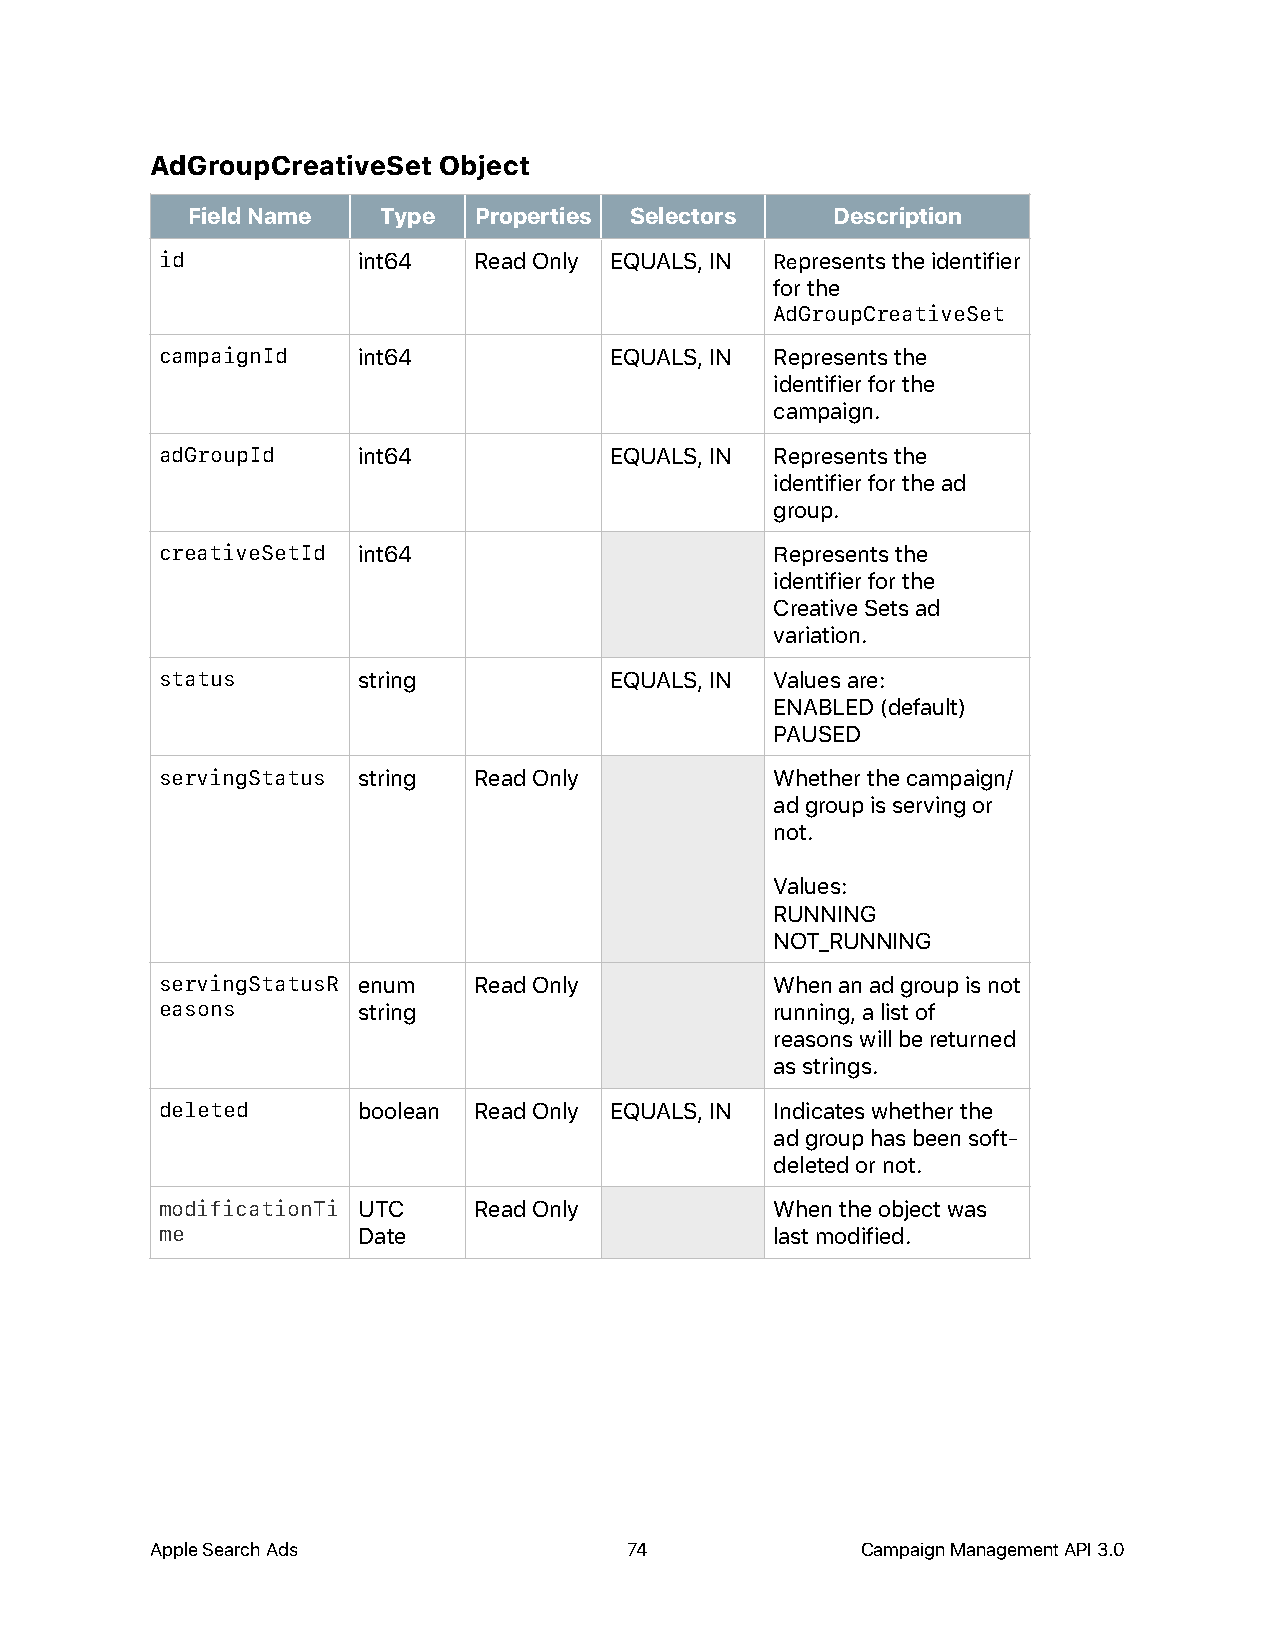
AdGroupCreativeSet Object
 Field Name   Type  Properties Selectors    Description
 id           int64  Read Only EQUALS, IN Represents the identifier
 for the
 AdGroupCreativeSet
 campaignId   int64           EQUALS, IN Represents the
 identifier for the
 campaign.
 adGroupId    int64           EQUALS, IN Represents the
 identifier for the ad
 group.
 creativeSetId int64                     Represents the
 identifier for the
 Creative Sets ad
 variation.
 status       string          EQUALS, IN Values are:
 ENABLED (default)
 PAUSED
 servingStatus string Read Only          Whether the campaign/
 ad group is serving or
 not.
 Values:
 RUNNING
 NOT_RUNNING
 servingStatusR enum Read Only           When an ad group is not
 easons       string                     running, a list of
 reasons will be returned
 as strings.
 deleted      boolean Read Only EQUALS, IN Indicates whether the
 ad group has been soft-
 deleted or not.
 modificationTi UTC  Read Only           When the object was
 me           Date                       last modified.
 Apple Search Ads                74             Campaign Management API 3.0